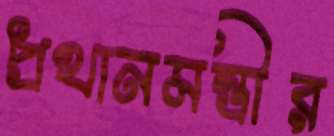
প্রথানমন্ত্রীর